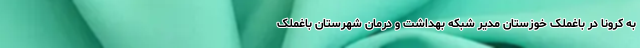
به کرونا در باغملک خوزستان مدیر شبکه بهداشت و درمان شهرستان باغملک